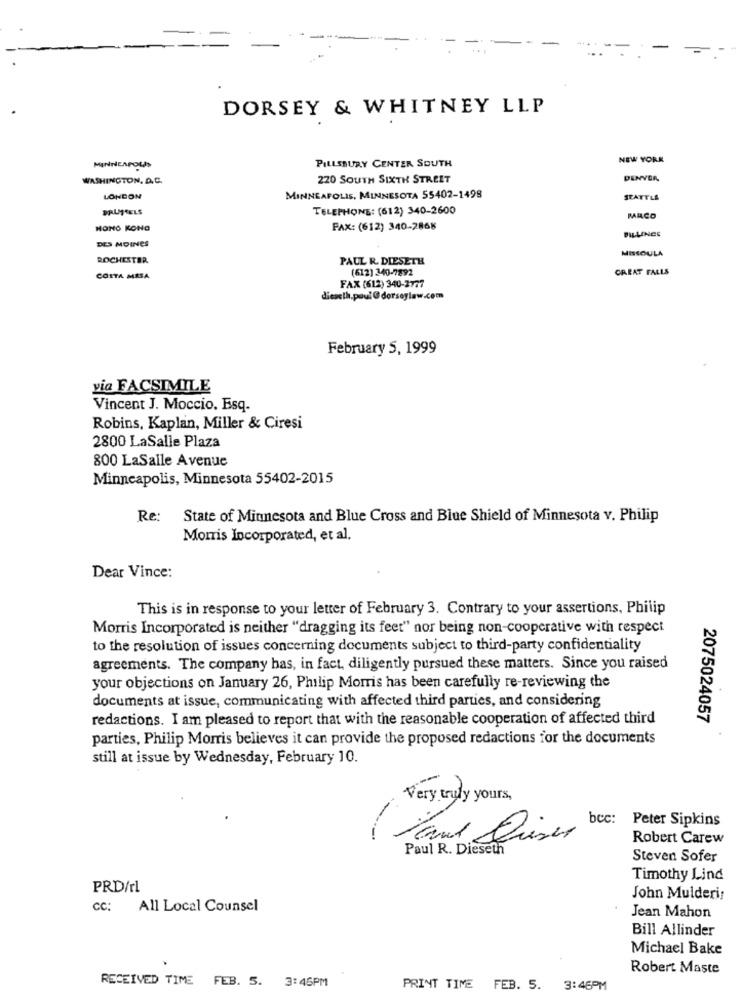
DORSEY & WHITNEY LLP
NEW YORK
MINNEAPOLIS
PILLSBURY CENTER SOUTH
WASHINGTON. A.C.
220 SOUTH SIXTH STREET
DENVER
LONDON
MINNEAPOLIS, MINNESOTA 55402-1498
SEATTLE
DRUMSTELS
TELEPHONE: (612) 340-2600
MARCO
MONO KONG
FAX: (612) 340-2868
FILLINCE
DES MOINES
MISSOULA
ROCHESTER
PAUL R. DIESETH
(612) 240-7892
GREAT FALLS
COSTA MESA
FAX (612) 340-2777
dieseth.paul @dorsoflaw.com
February 5, 1999
via FACSIMILE
Vincent J. Moccio. Esq.
Robins, Kaplan, Miller & Ciresi
2800 LaSalle Plaza
800 LaSalle Avenue
Minneapolis, Minnesota 55402-2015
Re:
State of Minnesota and Blue Cross and Blue Shield of Minnesota v. Philip
Morris Incorporated, et al.
Dear Vince:
This is in response to your letter of February 3. Contrary to your assertions, Philip
Morris Incorporated is neither "dragging its feet" nor being non-cooperative with respect
to the resolution of issues concerning documents subject to third-party confidentiality
agreements. The company has, in fact, diligently pursued these matters. Since you raised
your objections on January 26, Philip Morris has been carefully re-reviewing the
documents at issue, communicating with affected third parties, and considering
redactions. I am pleased to report that with the reasonable cooperation of affected third
2075024057
parties, Philip Morris believes it can provide the proposed redactions for the documents
still at issue by Wednesday, February 10.
Very truly yours,
bcc: Peter Sipkins
Hand Live
Robert Carew
Paul R. Dieseth
Steven Sofer
Timothy Lind
PRD/rl
John Mulderi:
cc: All Local Counsel
Jean Mahon
Bill Allinder
Michael Bake
Robert Maste
RECEIVED TIME FEB. 5. 3:46PM
PRINT TIME FEB. 5. 3:46PM